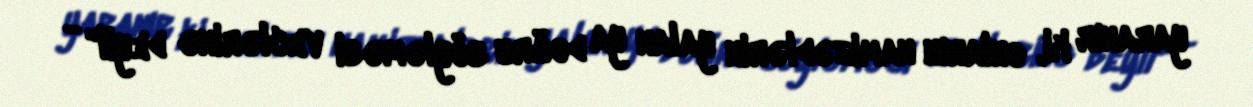
yaranır ki, onların namizədlərin yalan ya doğru söyləməsi veclərinə deyil" -